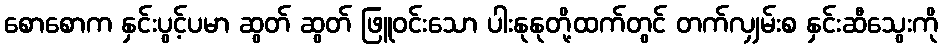
စောစောက နှင်းပွင့်ပမာ ဆွတ် ဆွတ် ဖြူဝင်းသော ပါးနုနုတို့ထက်တွင် တက်လျှမ်းစ နှင်းဆီသွေးကို